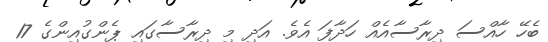
ބެހޭ ހާއްސަ ދިރާސާއެއް ހަދާފަ އެވެ. އަދި މި ދިރާސާގައި ޕެންގުއިންގެ 17